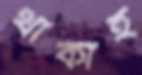
থাকাই